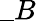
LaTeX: \_ B